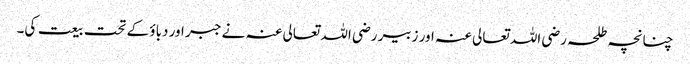
چنانچہ طلحہ رضی اللہ تعالی عنہ اور زبیر رضی اللہ تعالی عنہ نے جبر اور دباؤ کے تحت بیعت کی۔